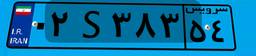
۵۱S۵۷۴۰۵